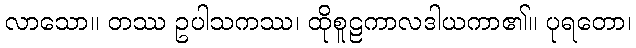
လာသော။ တဿ ဥပါသကဿ၊ ထိုစူဠကာလဒါယကာ၏။ ပုရတော၊